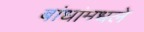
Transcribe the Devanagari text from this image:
बांधांमधले